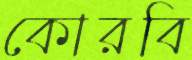
কোরবি